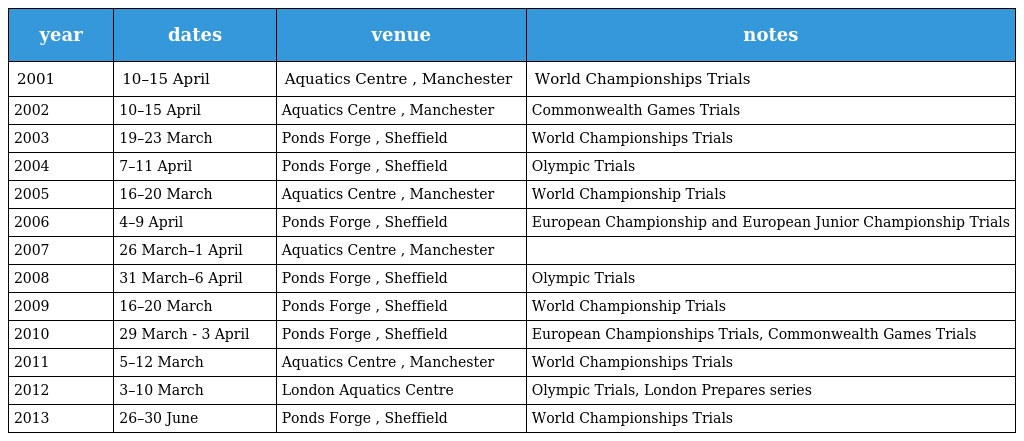
| year | dates | venue | notes |
 | --- | --- | --- | --- |
 | 2001 | 10–15 April | Aquatics Centre , Manchester | World Championships Trials |
 | 2002 | 10–15 April | Aquatics Centre , Manchester | Commonwealth Games Trials |
 | 2003 | 19–23 March | Ponds Forge , Sheffield | World Championships Trials |
 | 2004 | 7–11 April | Ponds Forge , Sheffield | Olympic Trials |
 | 2005 | 16–20 March | Aquatics Centre , Manchester | World Championship Trials |
 | 2006 | 4–9 April | Ponds Forge , Sheffield | European Championship and European Junior Championship Trials |
 | 2007 | 26 March–1 April | Aquatics Centre , Manchester |  |
 | 2008 | 31 March–6 April | Ponds Forge , Sheffield | Olympic Trials |
 | 2009 | 16–20 March | Ponds Forge , Sheffield | World Championship Trials |
 | 2010 | 29 March - 3 April | Ponds Forge , Sheffield | European Championships Trials, Commonwealth Games Trials |
 | 2011 | 5–12 March | Aquatics Centre , Manchester | World Championships Trials |
 | 2012 | 3–10 March | London Aquatics Centre | Olympic Trials, London Prepares series |
 | 2013 | 26–30 June | Ponds Forge , Sheffield | World Championships Trials |